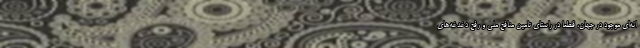
انه‌ای موجود در جهان، قطعا در راستای تامین منافع ملی و رفع دغدغه‌های